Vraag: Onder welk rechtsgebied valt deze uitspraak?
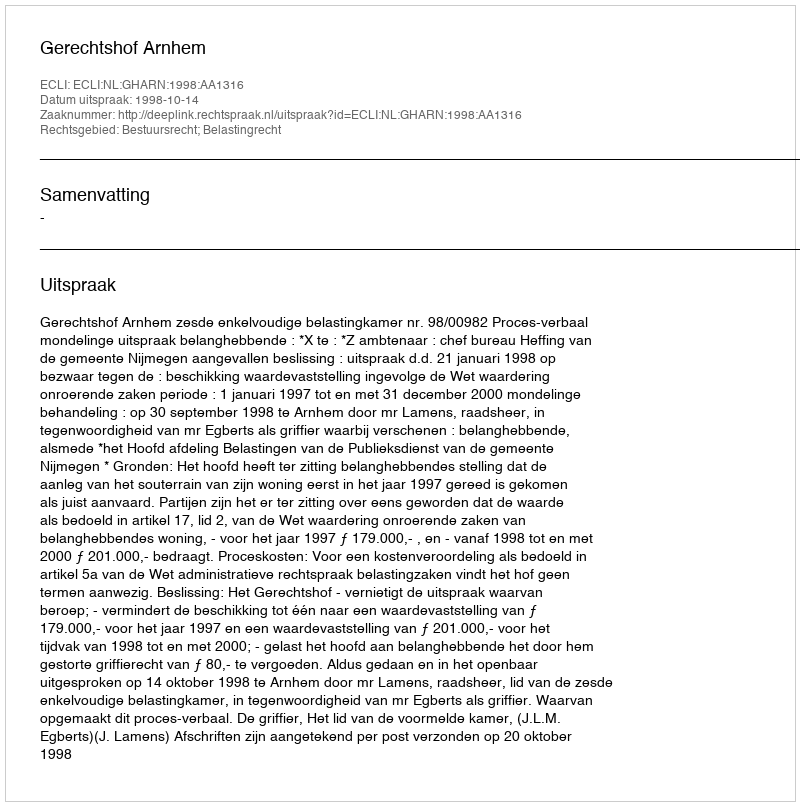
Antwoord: Bestuursrecht; Belastingrecht